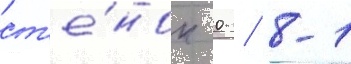
ст'е́нок 0 / 8-1